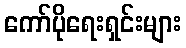
ကော်ပိုရေးရှင်းများ